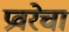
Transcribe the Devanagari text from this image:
प्रवरेचा